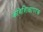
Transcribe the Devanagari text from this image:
कविशिक्षापरक